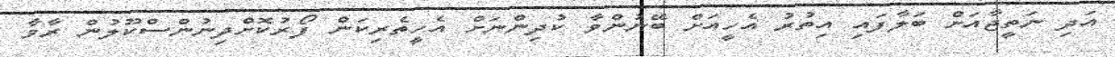
އަދި ނަތީޖާއަށް ބަލާފައި އިތުރު އެހީއަށް ބޭނުންވާ ކުދިންނަށް އެހީތެރިކަން ފޯރުކޮށްދިނުންސްކޫލުން ރާވާ